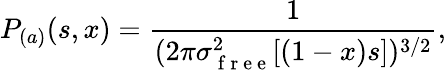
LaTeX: P_{(a)}(s,x)=\frac{1}{(2\pi\sigma_{\mathrm{~f~r~e~e~}}^{2}[(1-x)s])^{3/2}},